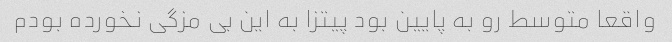
واقعا متوسط رو به پایین بود پیتزا به این بی مزگی نخورده بودم